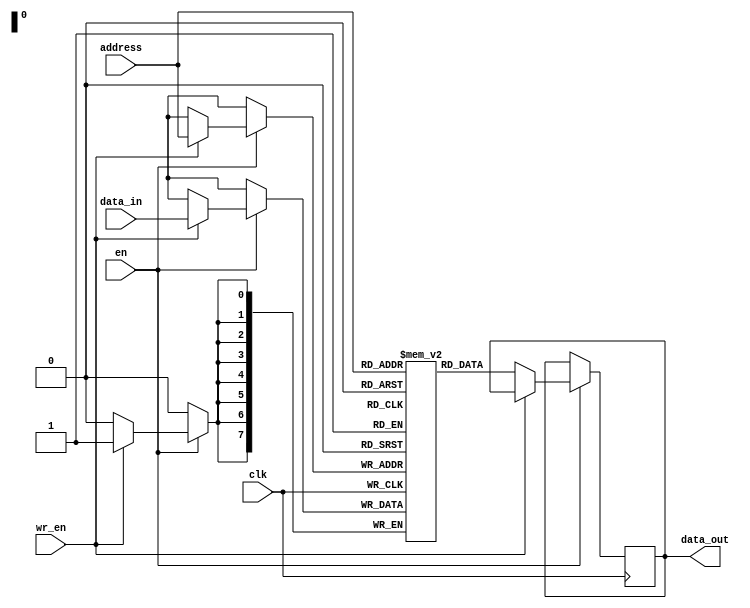
module sram (
    input wire clk,
    input wire en,
    input wire [7:0] address,
    input wire wr_en,
    input wire [7:0] data_in,
    output reg [7:0] data_out
);

reg [7:0] mem [0:255]; // 256 memory locations, each 8-bit wide

always @(posedge clk) begin
    if (en) begin
        if (wr_en) begin
            mem[address] <= data_in; // write data to memory location at given address
        end else begin
            data_out <= mem[address]; // read data from memory location at given address
        end
    end
end

endmodule